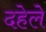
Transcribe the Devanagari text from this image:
दहेले